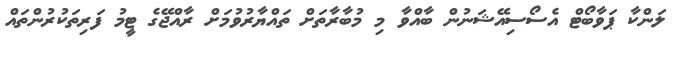
ލަންކާ ޕަވާބޯޓް އެސޯސިއޭޝަނުން ބާއްވާ މި މުބާރާތަށް ތައްޔާރުވުމަށް ރާއްޖޭގެ ޓީމު ފަރިތަކުރުންތައް